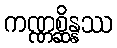
ကဏ္ဏစ္ဆိန္နဿ